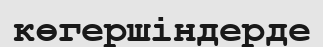
көгершіндерде